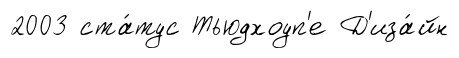
2003 ста́тус Тьюдхоуп'е Д'иза́йн